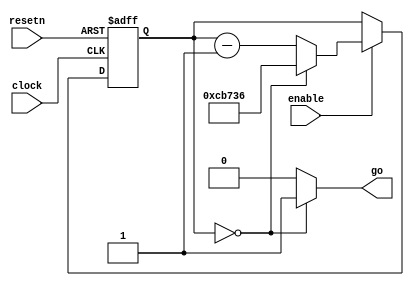
//1/60 delay counter
module delay_counter(clock, resetn, enable, go);
	parameter DELAY = 20'b1100_1011_0111_0011_0110; //50,000,000 / 60 - 1(1/60 sec)
	
	input clock, resetn, enable;
	output go;
	reg [19:0] delay;
	
	always @(posedge clock or negedge resetn)
	begin
		if (!resetn) begin
				delay <= DELAY;
			end
		else if (enable) begin
			if (delay == 20'd0) begin
				delay <= DELAY;
			end
			else begin
				delay <= delay - 20'd1;
			end
		end
	end
	
	assign go = (delay == 20'd0) ? 1'b1 : 1'b0;
	
endmodule


//frame counter (moving speed)
module frame_counter(clock, resetn, enable, next);
	parameter FRAME = 4'b1110; //60 / 4 - 1(60 / 4 pixels per second) SETTING
	
	input clock, resetn, enable;
	output next;
	reg [3:0] frame;
	
	always @(posedge clock or negedge resetn)
	begin
		if (!resetn) begin
			frame <= FRAME;
		end
		else if (enable) begin
			if (frame == 4'd0) begin
				frame <= FRAME;
			end
			else begin
				frame <= frame - 4'd1;
			end
		end
	end
	
	assign next = (frame == 4'd0) ? 1'b1 : 1'b0;
	
endmodule


//fibonacci random generator
//https://stackoverflow.com/a/20145147
module fibonacci_lfsr_5bit(
  	input clk,
  	input rst_n,

	output reg [4:0] data
);

	reg [4:0] data_next;

	always @(*) begin
  		data_next[4] = data[4]^data[1];
  		data_next[3] = data[3]^data[0];
  		data_next[2] = data[2]^data_next[4];
  		data_next[1] = data[1]^data_next[3];
  		data_next[0] = data[0]^data_next[2];
	end

	always @(posedge clk or negedge rst_n)
  		if(!rst_n)
    		data <= 5'h1f;
  		else
    		data <= data_next;

endmodule